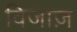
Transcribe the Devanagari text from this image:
विजाज़